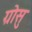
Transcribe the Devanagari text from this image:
ग्रोसु